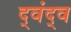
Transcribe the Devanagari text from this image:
द्‍वंद्‍व